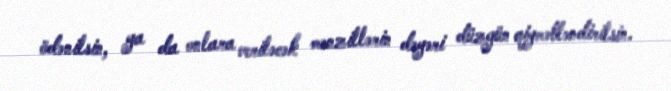
ödənilsin, ya da onlara veriləcək mənzillərin dəyəri düzgün qiymətləndirilsin.